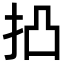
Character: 𢫋